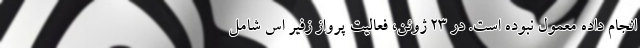
انجام داده معمول نبوده است. در 23 ژوئن، فعالیت پرواز زفیر اس شامل